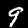
Label: 9